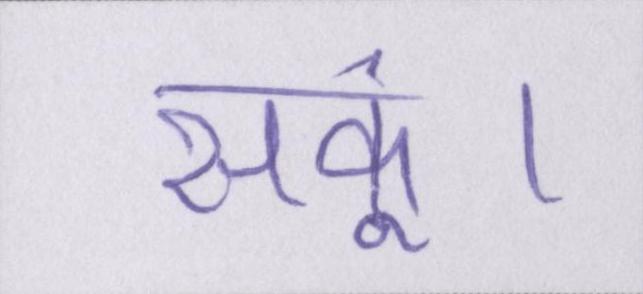
सकूं।